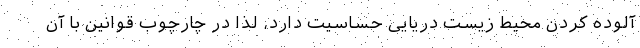
آلوده کردن محیط زیست دریایی حساسیت دارد، لذا در چارچوب قوانین با آن